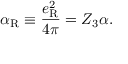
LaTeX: \alpha _ { \mathrm { R } } \equiv \frac { e _ { \mathrm { R } } ^ { 2 } } { 4 \pi } = Z _ { 3 } \alpha .